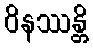
ဝိနဿန္တိ